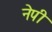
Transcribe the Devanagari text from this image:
नेपी